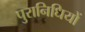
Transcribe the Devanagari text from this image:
पुरानिधियों